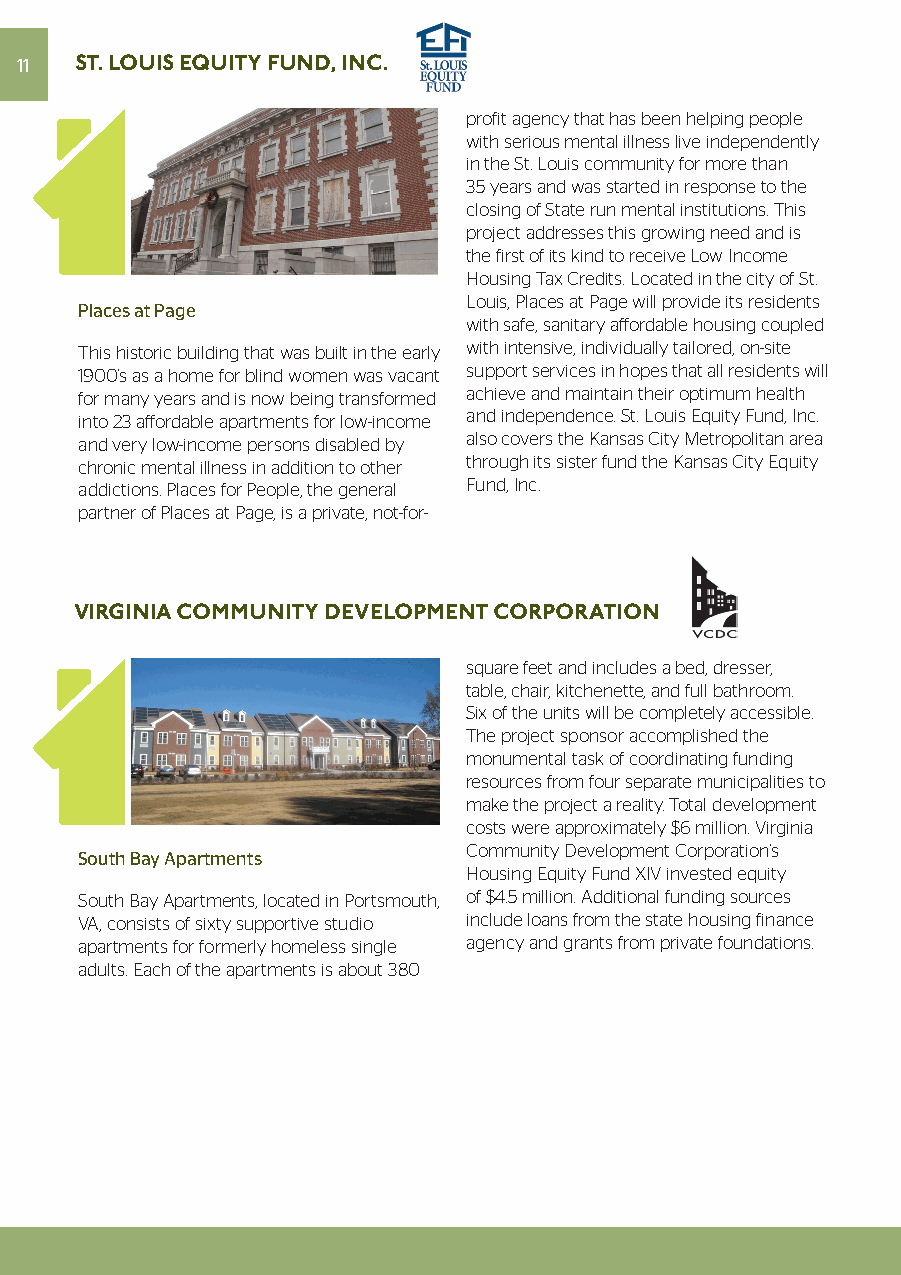
11  ST. LOUIS EQUITY FUND, INC.
 profit agency that has been helping people
 with serious mental illness live independently
 in the St. Louis community for more than
 35 years and was started in response to the
 closing of State run mental institutions. This
 project addresses this growing need and is
 the first of its kind to receive Low Income
 Housing Tax Credits. Located in the city of St.
 Louis, Places at Page will provide its residents
 Places at Page
 with safe, sanitary affordable housing coupled
 This historic building that was built in the early with intensive, individually tailored, on-site
 1900’s as a home for blind women was vacant support services in hopes that all residents will
 for many years and is now being transformed achieve and maintain their optimum health
 into 23 affordable apartments for low-income and independence. St. Louis Equity Fund, Inc.
 and very low-income persons disabled by also covers the Kansas City Metropolitan area
 chronic mental illness in addition to other through its sister fund the Kansas City Equity
 addictions. Places for People, the general Fund, Inc.
 partner of Places at Page, is a private, not-for-
 VIRGINIA COMMUNITY DEVELOPMENT CORPORATION
 square feet and includes a bed, dresser,
 table, chair, kitchenette, and full bathroom.
 Six of the units will be completely accessible.
 The project sponsor accomplished the
 monumental task of coordinating funding
 resources from four separate municipalities to
 make the project a reality. Total development
 costs were approximately $6 million. Virginia
 Community Development Corporation’s
 South Bay Apartments
 Housing Equity Fund XIV invested equity
 South Bay Apartments, located in Portsmouth, of $4.5 million. Additional funding sources
 VA, consists of sixty supportive studio include loans from the state housing finance
 apartments for formerly homeless single agency and grants from private foundations.
 adults. Each of the apartments is about 380